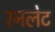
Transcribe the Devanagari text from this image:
रनलेट